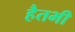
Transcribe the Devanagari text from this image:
हैतभी